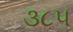
૩૮૫